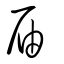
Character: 届